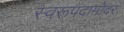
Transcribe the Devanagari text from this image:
स्वरूपदामोदर